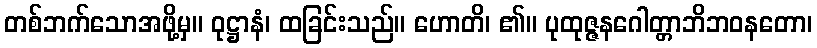
တစ်ဘက်သောအဖို့မှ။ ဝုဋ္ဌာနံ၊ ထခြင်းသည်။ ဟောတိ၊ ၏။ ပုထုဇ္ဇနဂေါတ္တာဘိဘဝနတော၊